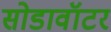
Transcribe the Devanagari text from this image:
सोडावॉटर